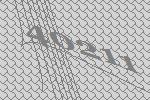
40211